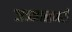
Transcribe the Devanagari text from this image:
जञ्जालभरी